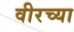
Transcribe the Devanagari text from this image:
वीरच्या